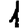
Digit: 1